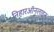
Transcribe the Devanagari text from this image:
निहारऑनलाइन